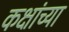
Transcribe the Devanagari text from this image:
कक्षांच्या